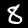
Digit: 8